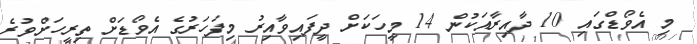
މި އެވޯޑްގައި 10 ދާއިރާއަކުން 14 މީހަކަށް ދީފައިވާއިރު މިފަހަރުގެ އެވޯޑަށް ތިރީހަށްވުރެ